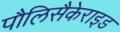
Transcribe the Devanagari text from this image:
पौलिसैकेराइड